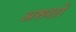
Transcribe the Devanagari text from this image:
अरूशो